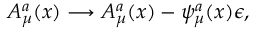
A _ { \mu } ^ { a } ( x ) \longrightarrow A _ { \mu } ^ { a } ( x ) - \psi _ { \mu } ^ { a } ( x ) \epsilon ,